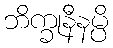
ဘိက္ခုနီနမ္ပိ